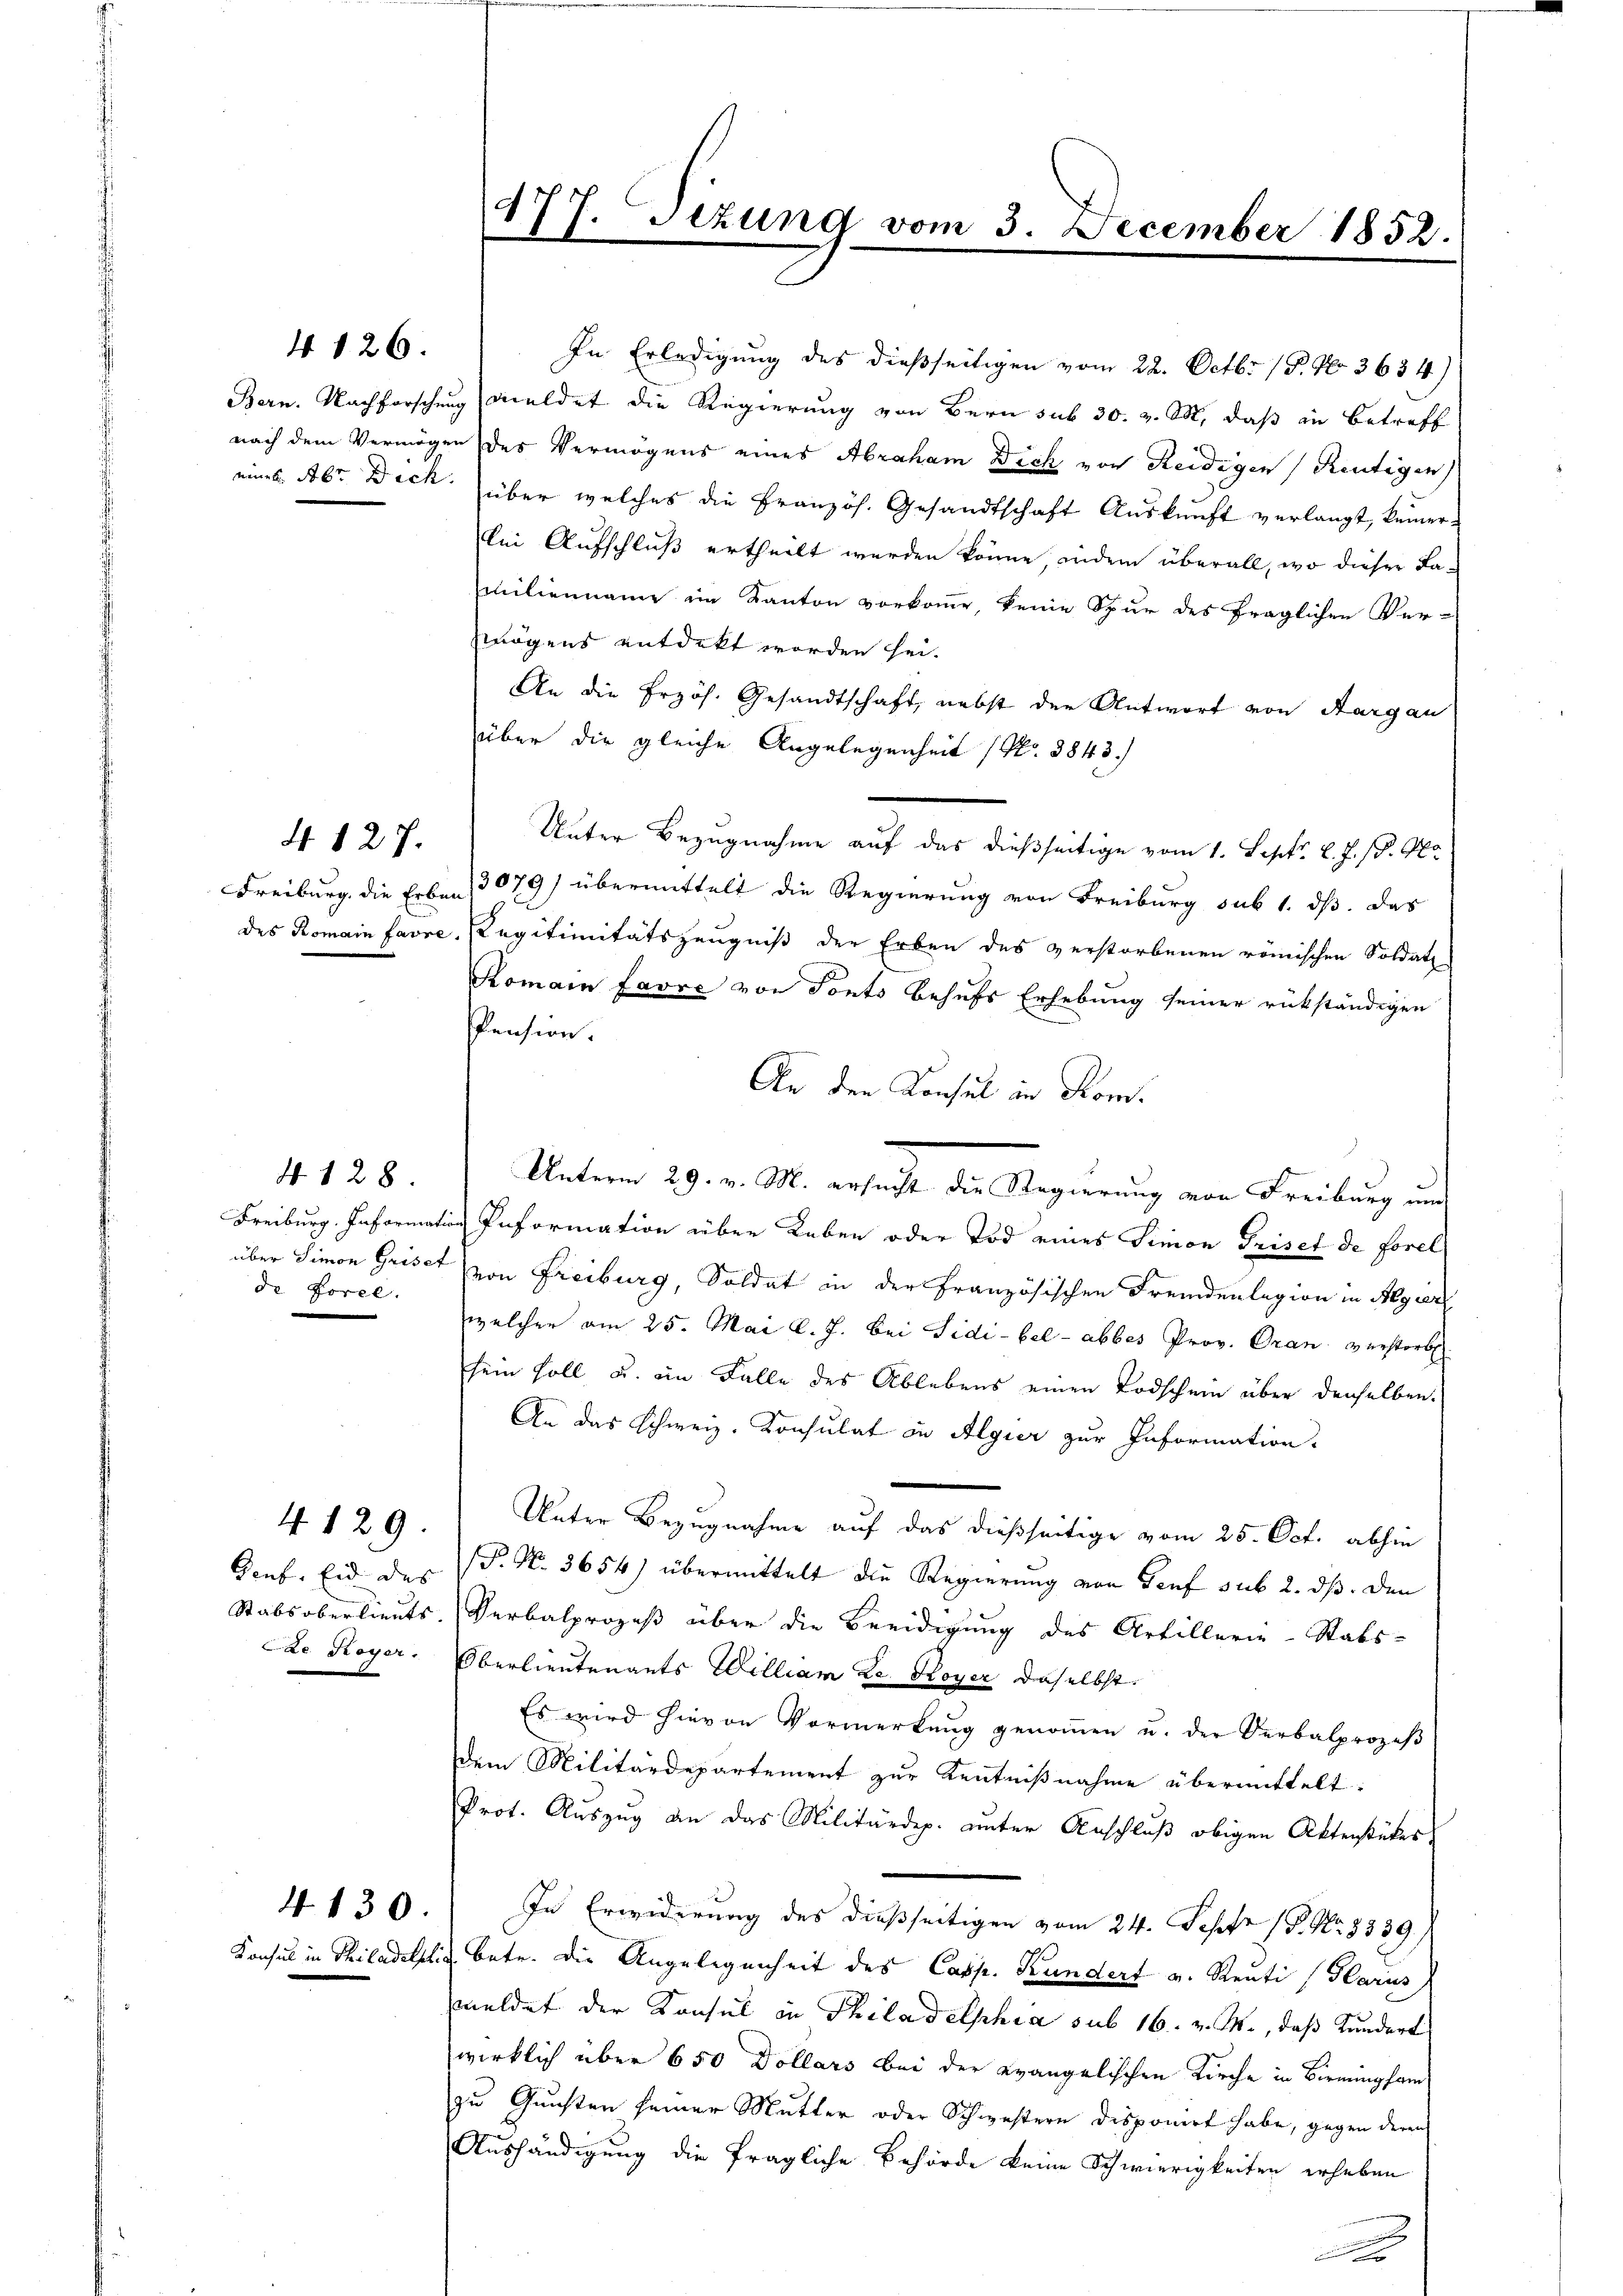
4 126.

4. 127.

de Forel

No. 128.

Genf. Eid des
ae Royer.

4129.

4130.

In Erledigung des dießseitigen vom 22. Octbr. 15. No 3634)
Bern. Nachforschung meldet die Regierung von Bern sub 30. v. M. daß in Betreff
nach dem Vermögen des Vermögens eines Abraham Dich von Reidigen (Reutigen
eines Abt Dich über welches die Französ. Gesandtschaft Aŭskŭnft verlangt, keiner
bei Aufschluß ertheilt werden könne, indem überall, wo dieser Lamilienname im Kanton vorkomme, keine Spur des fraglichen Ver-
mögens entdeckt worden sei.
An die Erzös. Gesandtschaft, nebst der Antwort von Aargau
über die gleiche Angelegenheit (Nr. 3843.)
Unter Bezugnahme auf das dießseitige vom 1. Sept. l. J. P. Na
Freiburg, die Erben 3079) übermittelt die Regierung von Freiburg sub 1. ds. das
des Romain favre, Regitimitätszeugniß der Erben des verstorbenen römischen Soldat
Komann Favre von Tonts behufs Erhebung seiner rükständigen
Pension.
An den Konsul in Kom¬
Freiburg. Information Information über Leben oder Tod eines Simon Priset de Forel
über Simon Grisch von Freiburg, Soldat in der Französischen Fremdenlagion in Algier
welcher am 25. Mai l. J. bei Fidi-bel- abbes Prov. Oran verstorb
sein soll u. im Falle des Ablebens einen Todschein über denselben
An das Schweiz. Konsulat in Algier zur Information.
Unter Bezugnahme auf das dießseitige vom 25. Oct. abhin
P. No. 3654) übermittelt die Regierung von Genf sub 2. ds. den
Stabsoberlieut. Verbalprozeß über die Beeidigung des Artillerie-Stabs-
Oberlieutenants William Le. Royer daselbst.
Es wird hievon Vormerkŭng genoṁen u. der Verbalprozeβ
dem Militärdepartement zur Kenntnißnahme übermittelt.
Prot. Auszug an das Militärdep. unter Anschluß obigen Aktenstüber
In Erwiderung des dießseitigen vom 24. Septe (S. Nr. 8339.
Konsul in Philadelphi betr. die Angelegenheit des Casp. Kundert v. Renti (Glarus
meldet der Konsul in Thiladelphia sub 16. v. M., daß Kundert
wirklich über 650 Dollars bei der evangelischen Kirche in Bernungsam
zu Gunsten seiner Mutter oder Schwestern disponirt habe, gegen denn
Aushändigung die fragliche Behörde keine Schwierigkeiten erheben

477. Sezung vom 3. December 1852.
.

Unterm 29. v. M. ersucht die Regierung von Freibung und